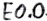
Text: E0.0